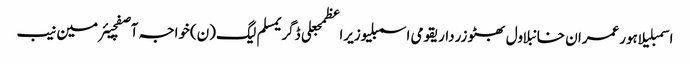
اسمبلیلاہورعمران خانبلاول بھٹو زرداریقومی اسمبلیوزیراعظمجعلی ڈگریمسلم لیگ (ن)خواجہ آصفچیئرمین نیب